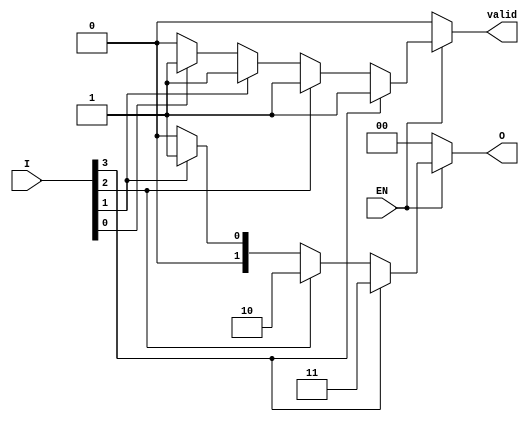
module one_of_n_encoder #(
    parameter N = 4 // Number of inputs
) (
    input wire [N-1:0] I, // N input lines
    input wire EN,        // Enable signal
    output reg [$clog2(N)-1:0] O, // Output lines (log2(N) bits)
    output reg valid      // Output valid signal
);

    integer i;

    always @(*) begin
        // Default state
        O = 'b0; // Set output to zero
        valid = 1'b0; // Default valid state is low

        if (EN) begin
            // Check for active input
            for (i = 0; i < N; i = i + 1) begin
                if (I[i]) begin
                    O = i[$clog2(N)-1:0]; // Output the index of the active input
                    valid = 1'b1; // Set valid high
                end
            end
        end
    end

endmodule